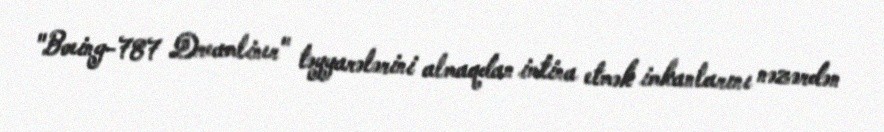
"Boeing-787 Dreamliner" təyyarələrini almaqdan imtina etmək imkanlarını nəzərdən